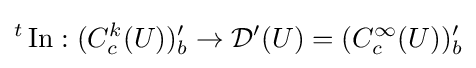
{}^{t}\operatorname {In} :(C_{c}^{k}(U))'_{b}\to {\mathcal {D}}'(U)=(C_{c}^{\infty }(U))'_{b}